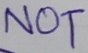
Text: NOT